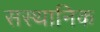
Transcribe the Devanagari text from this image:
सस्थानिक